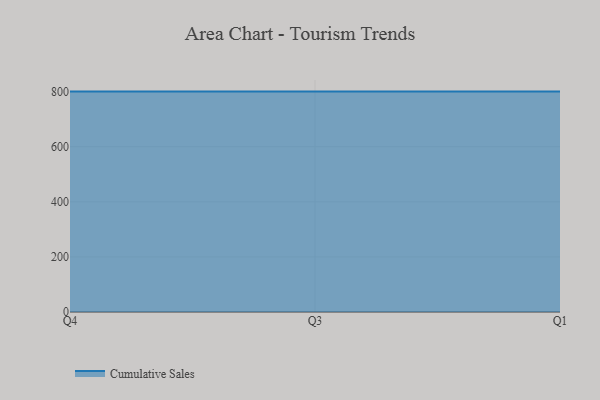
{"axis": {"x": "Quarter", "y": "Backlog"}, "legend": ["Cumulative Sales"], "data": [{"x": "Q4", "y": 800, "type": "Cumulative Sales"}, {"x": "Q3", "y": 800, "type": "Cumulative Sales"}, {"x": "Q1", "y": 800, "type": "Cumulative Sales"}]}